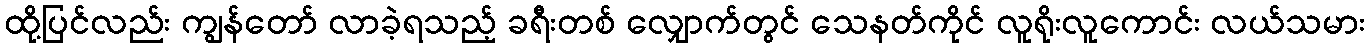
ထို့ပြင်လည်း ကျွန်တော် လာခဲ့ရသည့် ခရီးတစ် လျှောက်တွင် သေနတ်ကိုင် လူရိုးလူကောင်း လယ်သမား